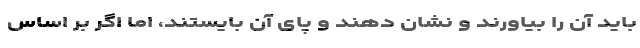
باید آن را بیاورند و نشان دهند و پای آن بایستند، اما اگر بر اساس